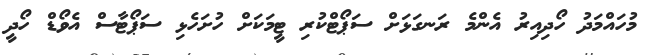
މުހައްމަދު ހޯދިއިރު އެންމެ ރަނގަޅަށް ސަޕޯޓްކުރި ޓީމަކަށް ހުށަހެޅި ސަޕޯޓާސް އެވޯޑް ހޯދީ